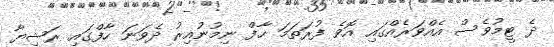
ދެ ޓީމުވެސް އެއްވަރެއްގައި އޮވެ ފުރަތަމަ ހާފް ނިމުނުއިރު ދެވަނަ ހާފްގައި ރަޝިޔާ